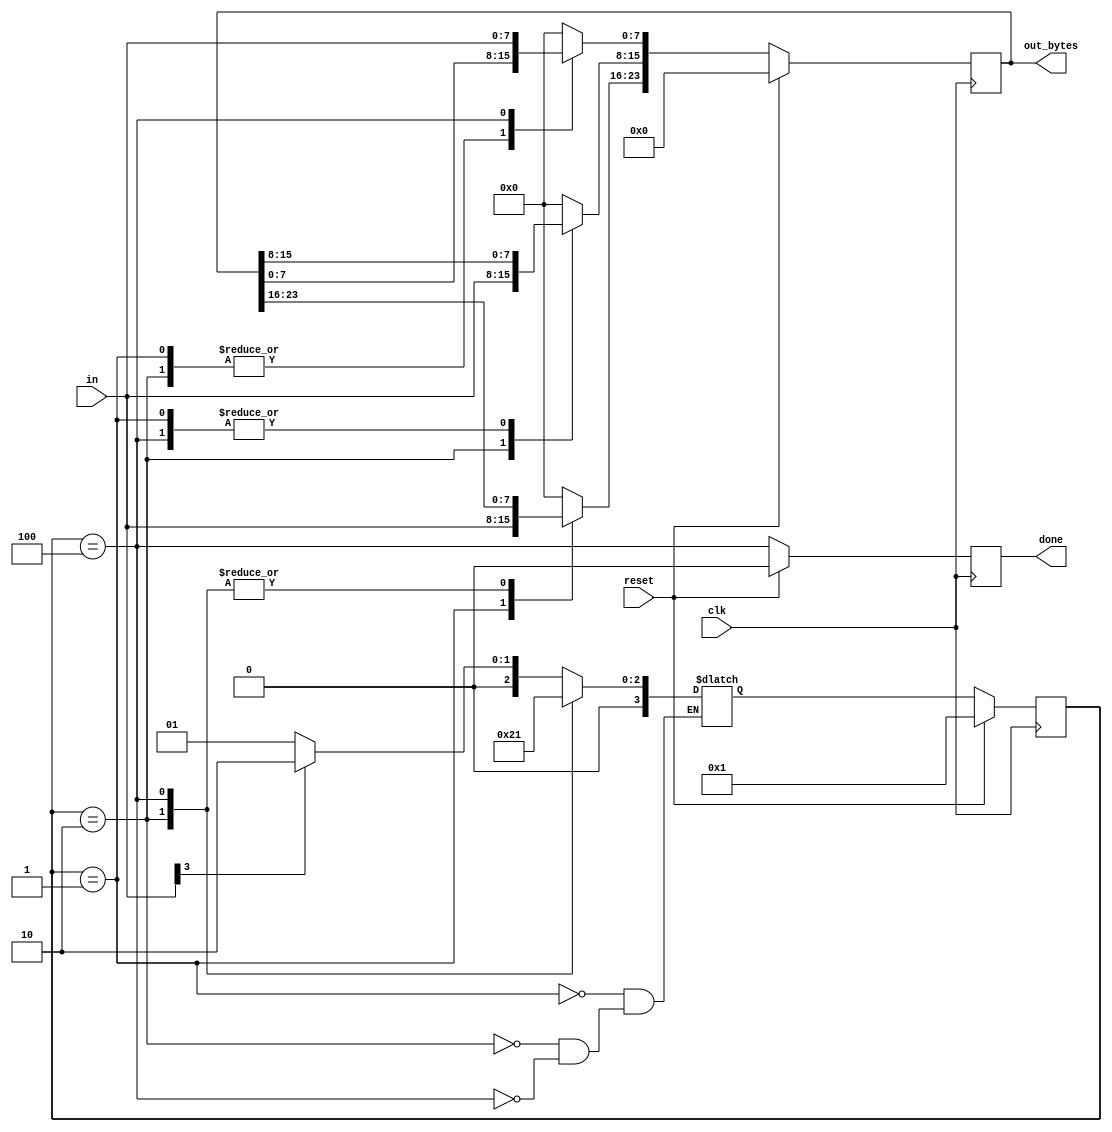
module top_module(
    input clk,
    input [7:0] in,
    input reset,    // Synchronous reset
    output [23:0] out_bytes,
    output done); //

    // State transition logic (combinational)
    reg [3:0] next_state,state ;
    parameter s0 = 3'd1,s1=3'd2,s2=3'd4;
    always @(*) begin
        case(state)
        s0:begin
            next_state = in[3]?s1:s0;
            
        end
        s1:begin
            next_state = s2;
            
        end
        s2:begin
            next_state = s0;
            
        end
        endcase
    end
    // State flip-flops (sequential)
    always @(posedge clk ) begin
        if(reset)begin
            state <= s0;
        end
        else begin
            state <= next_state;
        end
    end
    // Output logic
    always @(posedge clk) begin
        if (reset) begin
            done <= 0;
            out_bytes = 24'b0;
        end
        else begin
            done <= (state==s2);
            case (state)
                s0: out_bytes[23:16] = in[7:0];
                s1: out_bytes[15:8] = in[7:0];
                s2: out_bytes[7:0] = in[7:0];
                default: out_bytes = 24'b0;
            endcase
        end
        
    end
endmodule